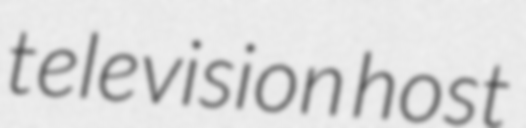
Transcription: television host